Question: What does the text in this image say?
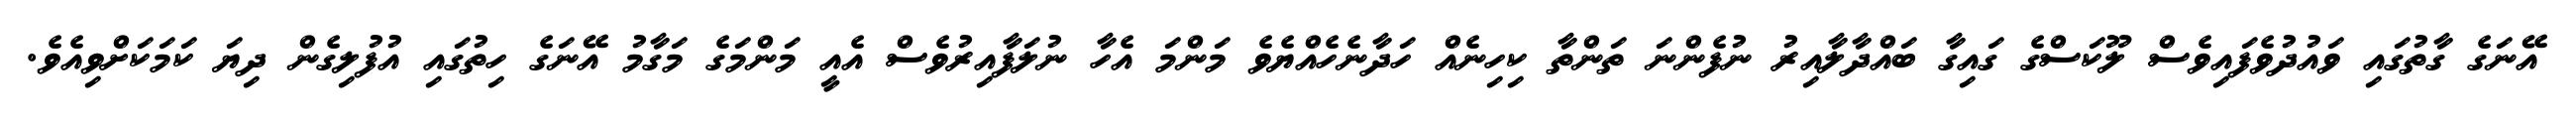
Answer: އޭނަގެ ގާތުގައި ވައުދުވެފައިވެސް ލޫކަސްގެ ގައިގާ ބައްދާލާއިރު ނުފެންނަ ތަންތާ ކިހިނެއް ހަދާނެހެއްޔެވެ މަންމަ އެހާ ނުލަފާއިރުވެސް އެއީ މަންމަގެ މަގާމު އޭނަގެ ހިތުގައި އުފުލިގެން ދިޔަ ކަމަކަށްވިއެވެ.